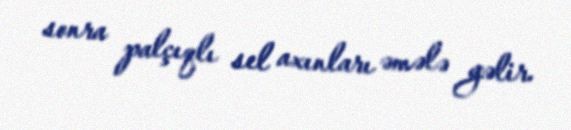
sonra palçıqlı sel axınları əmələ gəlir.